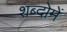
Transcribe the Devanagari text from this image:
शब्दोमें